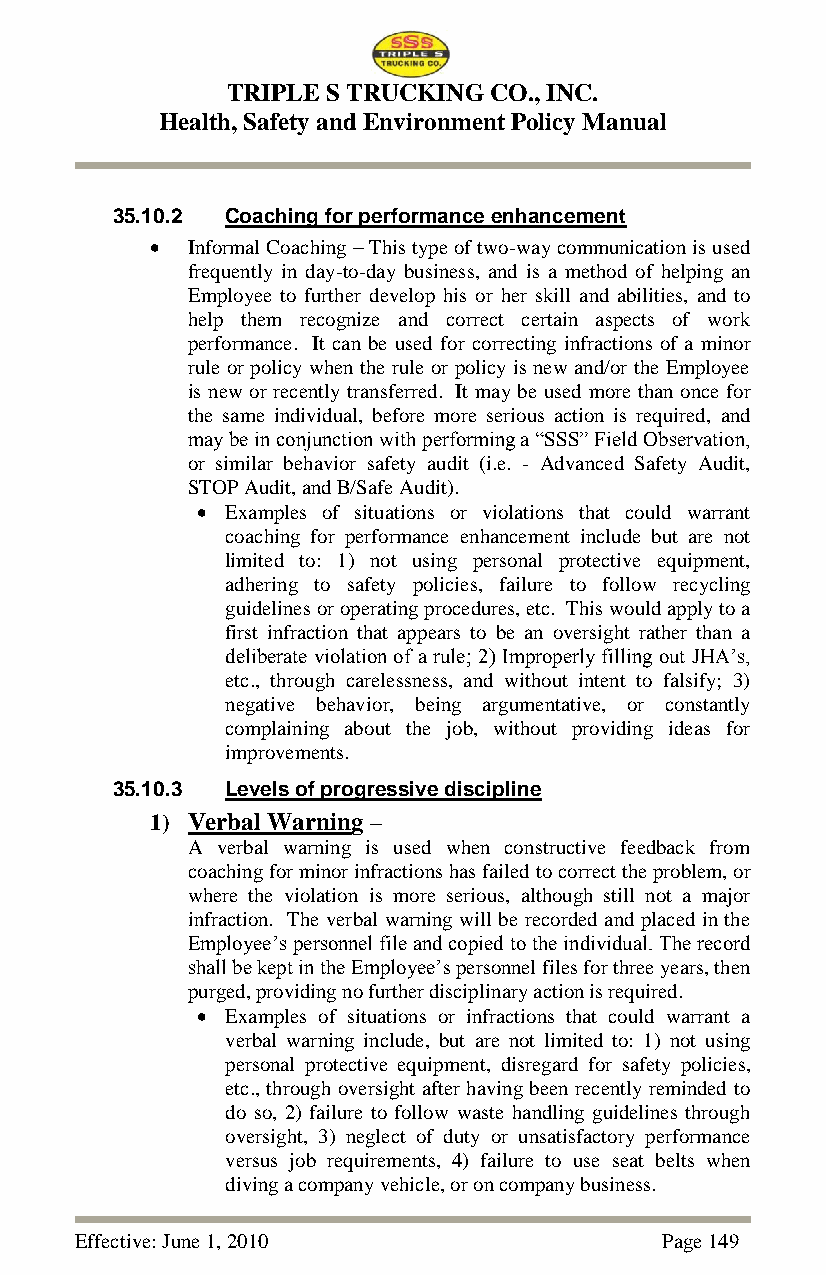
TRIPLE S TRUCKING CO., INC.
 Health, Safety and Environment Policy Manual
 35.10.2 Coaching for performance enhancement
  Informal Coaching – This type of two-way communication is used
 frequently in day-to-day business, and is a method of helping an
 Employee to further develop his or her skill and abilities, and to
 help them recognize and correct certain aspects of work
 performance. It can be used for correcting infractions of a minor
 rule or policy when the rule or policy is new and/or the Employee
 is new or recently transferred. It may be used more than once for
 the same individual, before more serious action is required, and
 may be in conjunction with performing a ―SSS‖ Field Observation,
 or similar behavior safety audit (i.e. - Advanced Safety Audit,
 STOP Audit, and B/Safe Audit).
  Examples of situations or violations that could warrant
 coaching for performance enhancement include but are not
 limited to: 1) not using personal protective equipment,
 adhering to safety policies, failure to follow recycling
 guidelines or operating procedures, etc. This would apply to a
 first infraction that appears to be an oversight rather than a
 deliberate violation of a rule; 2) Improperly filling out JHA‘s,
 etc., through carelessness, and without intent to falsify; 3)
 negative behavior, being argumentative, or constantly
 complaining about the job, without providing ideas for
 improvements.
 35.10.3 Levels of progressive discipline
 1) Verbal Warning –
 A verbal warning is used when constructive feedback from
 coaching for minor infractions has failed to correct the problem, or
 where the violation is more serious, although still not a major
 infraction. The verbal warning will be recorded and placed in the
 Employee‘s personnel file and copied to the individual. The record
 shall be kept in the Employee‘s personnel files for three years, then
 purged, providing no further disciplinary action is required.
  Examples of situations or infractions that could warrant a
 verbal warning include, but are not limited to: 1) not using
 personal protective equipment, disregard for safety policies,
 etc., through oversight after having been recently reminded to
 do so, 2) failure to follow waste handling guidelines through
 oversight, 3) neglect of duty or unsatisfactory performance
 versus job requirements, 4) failure to use seat belts when
 diving a company vehicle, or on company business.
 Effective: June 1, 2010                Page 149